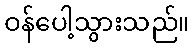
ဝန်ပေါ့သွားသည်။